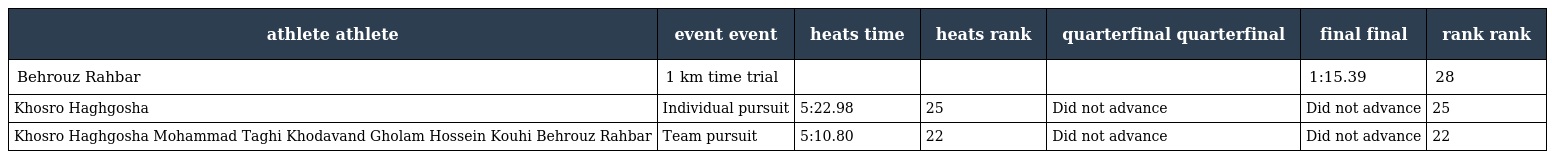
| athlete athlete | event event | heats time | heats rank | quarterfinal quarterfinal | final final | rank rank |
 | --- | --- | --- | --- | --- | --- | --- |
 | Behrouz Rahbar | 1 km time trial |  |  |  | 1:15.39 | 28 |
 | Khosro Haghgosha | Individual pursuit | 5:22.98 | 25 | Did not advance | Did not advance | 25 |
 | Khosro Haghgosha Mohammad Taghi Khodavand Gholam Hossein Kouhi Behrouz Rahbar | Team pursuit | 5:10.80 | 22 | Did not advance | Did not advance | 22 |